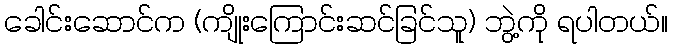
ခေါင်းဆောင်က (ကျိုးကြောင်းဆင်ခြင်သူ) ဘွဲ့ကို ရပါတယ်။